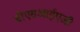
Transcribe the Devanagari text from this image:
बीएसआईएजी